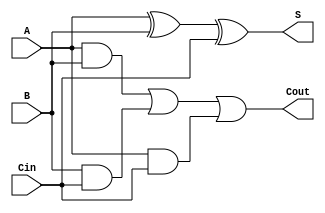
module full_adder (
    input wire A,      // First input bit
    input wire B,      // Second input bit
    input wire Cin,    // Carry-in bit
    output wire S,     // Sum output
    output wire Cout   // Carry-out output
);

// Intermediate wires for the sum calculation
wire sum1;
wire carry1;
wire carry2;
wire carry3;

// Level 1: Sum calculation using two XOR gates
assign sum1 = A ^ B;          // Intermediate sum
assign S = sum1 ^ Cin;        // Final sum output

// Level 1: Carry-out calculation using AND gates
assign carry1 = A & B;        // A AND B
assign carry2 = B & Cin;      // B AND Cin
assign carry3 = A & Cin;      // A AND Cin

// Level 1: Consolidate carries using OR gate for Cout
assign Cout = carry1 | carry2 | carry3; // Final carry-out output

endmodule